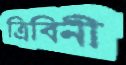
ত্রিবিনী